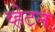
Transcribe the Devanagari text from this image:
व्हेटन